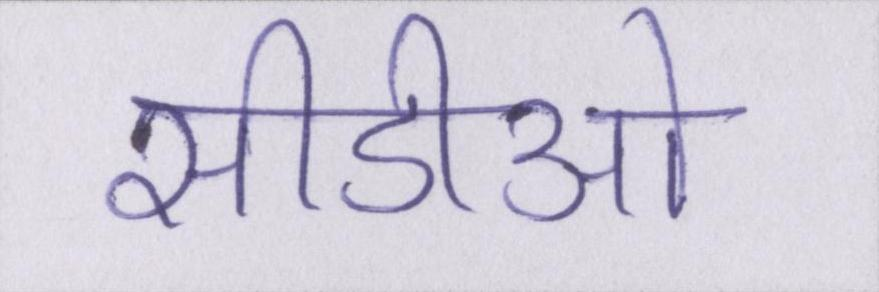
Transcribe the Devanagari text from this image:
सीडीओ